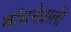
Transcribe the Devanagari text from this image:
बाँधनेवाली